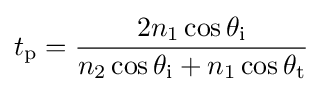
t_{\text{p}}={\frac {2n_{1}\cos \theta _{\text{i}}}{n_{2}\cos \theta _{\text{i}}+n_{1}\cos \theta _{\text{t}}}}